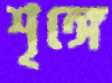
শৃঙ্গে